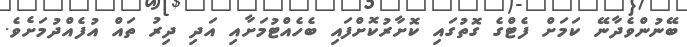
ބޭނުންވެދާނޭ ކަމަށް ފެޓްގެ ގޮތުގައި ކޮށާރުކޮށްފައި ބެހެއްޓުމަށާއި އަދި ދިރު ތައް އުފެއްދުމަށެވެ.